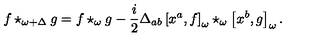
f \star _ { \omega + \Delta } g = f \star _ { \omega } g - \frac { i } { 2 } \Delta _ { a b } \left[ x ^ { a } , f \right] _ { \omega } \star _ { \omega } \left[ x ^ { b } , g \right] _ { \omega } .